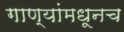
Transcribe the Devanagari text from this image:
गाण्यांमधूनच